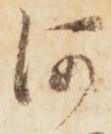
河